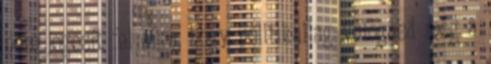
nem jogosít fel arra, hogy politikailag válogasd meg a